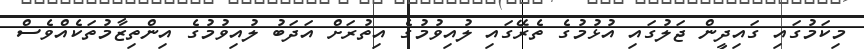
މިކަމުގައި ގައިދީން ޖަލުގައި އުޅުމުގެ ތެރޭގައި ލުއިވުމުގެ އިތުރަށް އަދަބު ލުއިވުމުގެ އިންތިޒާމުތަކެއްވެސް